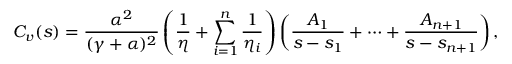
C _ { v } ( s ) = \frac { \alpha ^ { 2 } } { ( \gamma + \alpha ) ^ { 2 } } \left( \frac { 1 } { \eta } + \sum _ { i = 1 } ^ { n } \frac { 1 } { \eta _ { i } } \right) \left( \frac { A _ { 1 } } { s - s _ { 1 } } + \cdots + \frac { A _ { n + 1 } } { s - s _ { n + 1 } } \right) ,